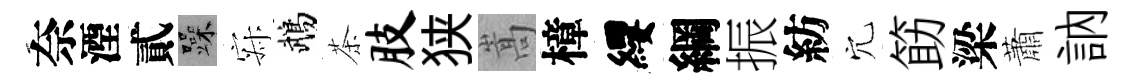
奈湮貳躁寂鵡茶肢狭嵩樟纓綱振紡穴筯梁蕭訥